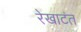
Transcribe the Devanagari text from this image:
रेखाटंत